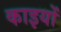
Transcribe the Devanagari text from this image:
काइयों